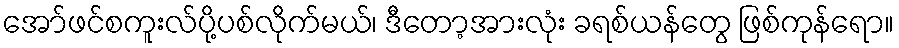
အော်ဖင်စကူးလ်ပို့ပစ်လိုက်မယ်၊ ဒီတော့အားလုံး ခရစ်ယန်တွေ ဖြစ်ကုန်ရော။